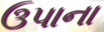
ઉપાના